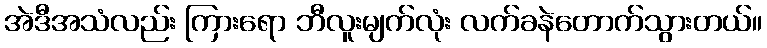
အဲဒီအသံလည်း ကြားရော ဘီလူးမျက်လုံး လက်ခနဲတောက်သွားတယ်။